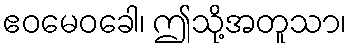
ဧဝမေဝခေါ၊ ဤသို့အတူသာ၊